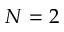
N = 2